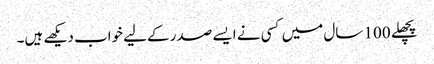
پچھلے 100 سال میں کسی نے ایسے صدر کےلیے خواب دیکھے ہیں۔